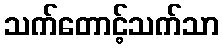
သက်တောင့်သက်သာ